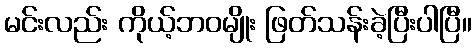
မင်းလည်း ကိုယ့်ဘဝမျိုး ဖြတ်သန်းခဲ့ပြီးပါပြီ။